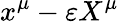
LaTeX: x^{\mu}-\varepsilon X^{\mu}